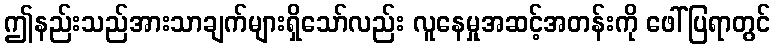
ဤနည်းသည်အားသာချက်များရှိသော်လည်း လူနေမှုအဆင့်အတန်းကို ဖေါ်ပြရာတွင်